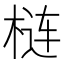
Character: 梿